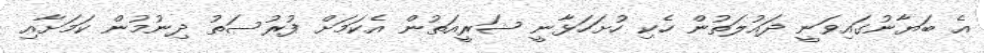
އެ ބަޔާނުގައިވަނީ ދައުލަތުން ހެކި ހުށަހަޅާނީ ޝަރީއަތުން އެކަމަށް ފުރުސަތު ދިނުމުން ކަމަށާއި